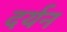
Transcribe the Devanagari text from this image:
दर्यन